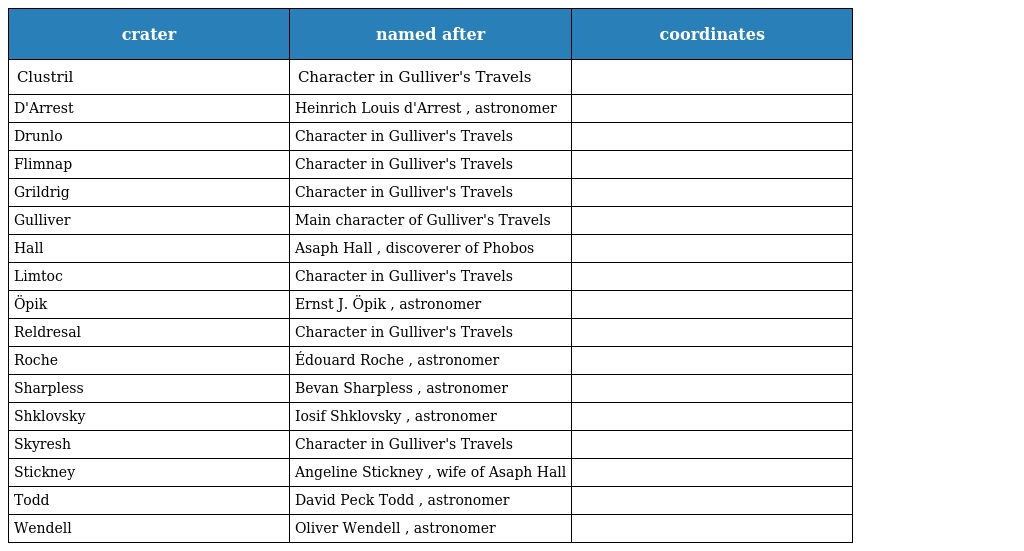
| crater | named after | coordinates |
 | --- | --- | --- |
 | Clustril | Character in Gulliver's Travels |  |
 | D'Arrest | Heinrich Louis d'Arrest , astronomer |  |
 | Drunlo | Character in Gulliver's Travels |  |
 | Flimnap | Character in Gulliver's Travels |  |
 | Grildrig | Character in Gulliver's Travels |  |
 | Gulliver | Main character of Gulliver's Travels |  |
 | Hall | Asaph Hall , discoverer of Phobos |  |
 | Limtoc | Character in Gulliver's Travels |  |
 | Öpik | Ernst J. Öpik , astronomer |  |
 | Reldresal | Character in Gulliver's Travels |  |
 | Roche | Édouard Roche , astronomer |  |
 | Sharpless | Bevan Sharpless , astronomer |  |
 | Shklovsky | Iosif Shklovsky , astronomer |  |
 | Skyresh | Character in Gulliver's Travels |  |
 | Stickney | Angeline Stickney , wife of Asaph Hall |  |
 | Todd | David Peck Todd , astronomer |  |
 | Wendell | Oliver Wendell , astronomer |  |